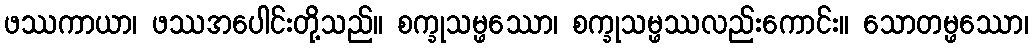
ဖဿကာယာ၊ ဖဿအပေါင်းတို့သည်။ စက္ခုသမ္ဖဿော၊ စက္ခုသမ္ဖဿလည်းကောင်း။ သောတမ္ဖဿော၊